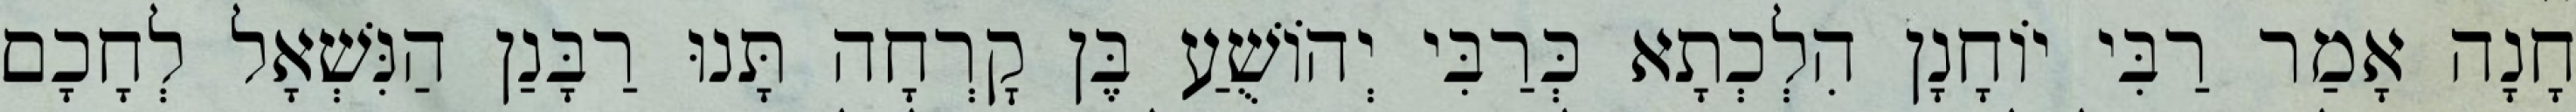
חָנָה אָמַר רַבִּי יוֹחָנָן הִלְכְתָא כְּרַבִּי יְהוֹשֻׁעַ בֶּן קׇרְחָה תָּנוּ רַבָּנַן הַנִּשְׁאָל לְחָכָם